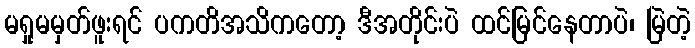
မရှုမမှတ်ဖူးရင် ပကတိအသိကတော့ ဒီအတိုင်းပဲ ထင်မြင်နေတာပဲ၊ မြဲတဲ့